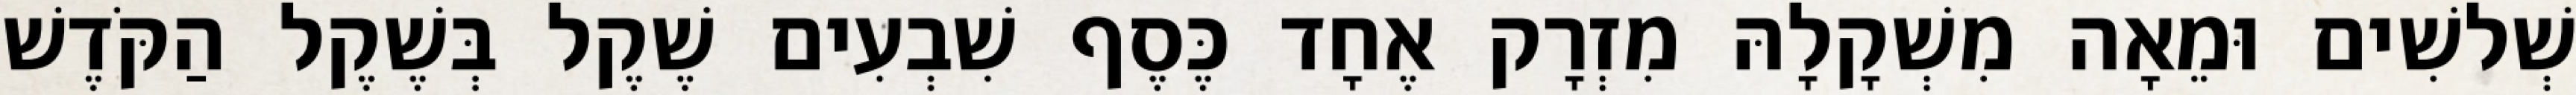
שְׁלשִׁים וּמֵאָה מִשְׁקָלָהּ מִזְרָק אֶחָד כֶּסֶף שִׁבְעִים שֶׁקֶל בְּשֶׁקֶל הַקֹּדֶשׁ